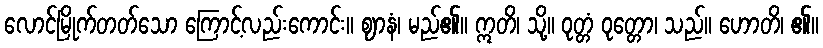
လောင်မြိုက်တတ်သော ကြောင့်လည်းကောင်း။ ဈာနံ၊ မည်၏။ ဣတိ၊ သို့။ ဝုတ္တံ ဝုတ္တော၊ သည်။ ဟောတိ၊ ၏။